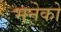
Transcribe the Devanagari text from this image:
भनेको